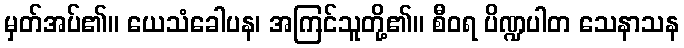
မှတ်အပ်၏။ ယေသံခေါပန၊ အကြင်သူတို့၏။ စီဝရ ပိဏ္ဍပါတ သေနာသန